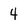
Character: 4